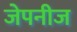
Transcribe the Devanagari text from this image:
जेपनीज